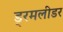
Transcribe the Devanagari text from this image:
ड्रमलीडर